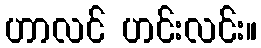
ဟာလင် ဟင်းလင်း။